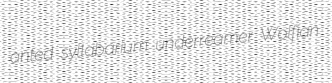
anted syllabarium underreamer Wolfian